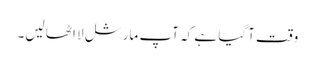
وقت آگیا ہے کہ آپ مارشل لا اٹھا لیں۔